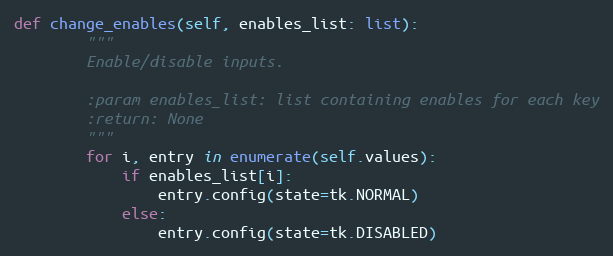
Language: Python
def change_enables(self, enables_list: list):
        """
        Enable/disable inputs.

        :param enables_list: list containing enables for each key
        :return: None
        """
        for i, entry in enumerate(self.values):
            if enables_list[i]:
                entry.config(state=tk.NORMAL)
            else:
                entry.config(state=tk.DISABLED)